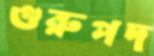
গুরুপদ